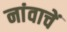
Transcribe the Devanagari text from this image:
नांवाचें